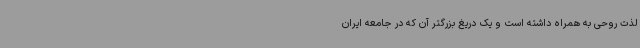
لذت روحی به همراه داشته است و یک دریغ بزرگتر آن که در جامعه ایران